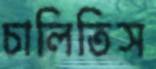
চালিতিস